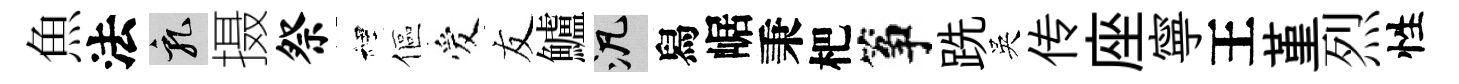
魚法乳摄祭裡傴爱友鱸泛舄崌秉杷筝跣吳传座寧王堇烈性